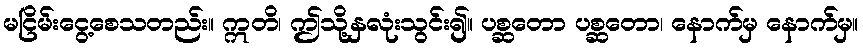
မငြိမ်းငွေ့စေသတည်း။ ဣတိ၊ ဤသို့နှလုံးသွင်း၍။ ပစ္ဆတော ပစ္ဆတော၊ နောက်မှ နောက်မှ။